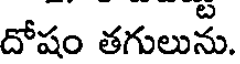
దోషం తగులును.